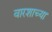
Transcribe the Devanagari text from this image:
वारशाच्‍या